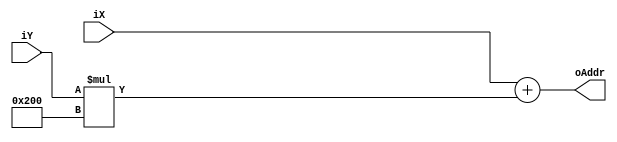
module COORD2ADDR(
			input [12:0]	iX,
			input [12:0]	iY,
			output reg [17:0]	 oAddr
			);
			
parameter [17:0] offsetY = 10'd512;
			
always @ (*) begin

		
		oAddr <= iX + iY * offsetY;
	
		
end

endmodule